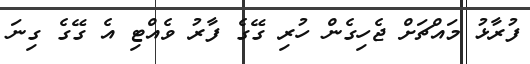
ފުރާޅު މައްޗަށް ޖެހިގެން ހުރި ގޭގެ ފާރު ވެއްޓި އެ ގޭގެ ގިނަ